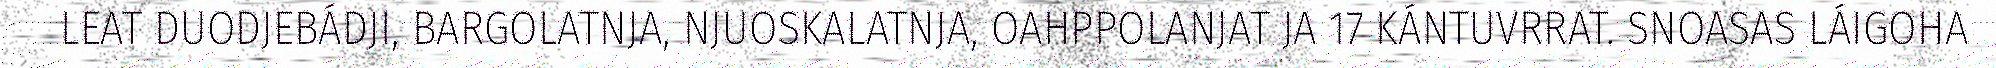
LEAT DUODJEBÁDJI, BARGOLATNJA, NJUOSKALATNJA, OAHPPOLANJAT JA 17 KÁNTUVRRAT. SNOASAS LÁIGOHA